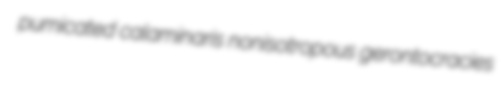
pumicated calaminaris nonisotropous gerontocracies